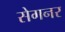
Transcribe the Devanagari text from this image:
सेगनर